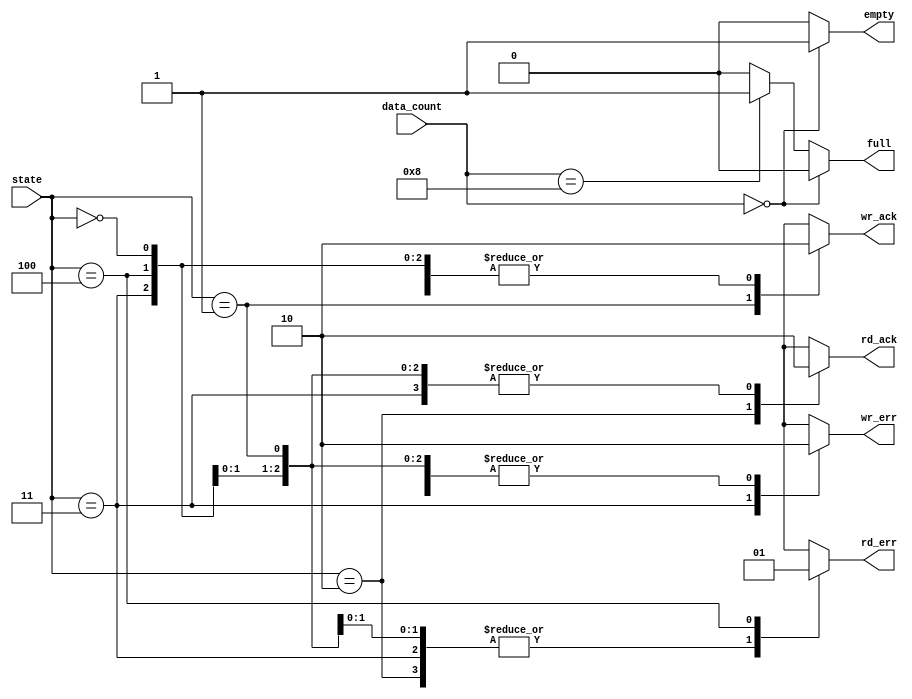
module fifo_out(state, data_count, empty, full, rd_ack, rd_err, wr_ack, wr_err);	//fifo_out
	input [2:0] state;															// 3 bits input
	input [3:0] data_count;														// 4 bits intput
	output reg empty, full, rd_ack, rd_err, wr_ack, wr_err;			// output,reg

	
	parameter IDLE 	 = 3'b000;					// define IDLE     = 000
	parameter WRITE 	 = 3'b001;					// define WRITE    = 001
	parameter READ 	 = 3'b010;					// define READ     = 010
	parameter WR_ERROR = 3'b011;					// define WR_ERROR = 011
	parameter RD_ERROR = 3'b100;					// define RD_ERROR = 100
	
	always @ (data_count)		
	begin
		if(data_count==0)										// no data, empty
			begin
				full<=0; empty<=1;
			end
		else if(data_count==4'b1000)						// when data is 8, full
			begin
				full<=1; empty<=0;
			end
		else
			begin													// otherwise full =0, empty=0
				full<=0; empty<=0;
			end
	end
	
	always @ (state)		
	begin
		case(state)
			
			IDLE : 																	// when IDLE, every value : 0
				begin
					wr_ack<=0; wr_err<=0; rd_ack<=0; rd_err<=0;
				end
				
			WRITE : 																	// when WRITE, only wr_ack =1, the others =0
				begin
					wr_ack<=1; wr_err<=0; rd_ack<=0; rd_err<=0;
				end
			
			READ : 																	// when READ, only rd_ack =1, the others =0
				begin
					wr_ack<=0; wr_err<=0; rd_ack<=1; rd_err<=0;
				end
				
			WR_ERROR : 																// when WR_ERROR, only wr_err =1, the others =0
				begin
					wr_ack<=0; wr_err<=1; rd_ack<=0; rd_err<=0;
				end
				
			RD_ERROR : 																// when RD_ERROR, only rd_err =1, the others =0
				begin
					wr_ack<=0; wr_err<=0; rd_ack<=0; rd_err<=1;
				end
				
			default : 																// when default, unknown
				begin
					wr_ack<=1'bx; wr_err<=1'bx; rd_ack<=1'bx; rd_err<=1'bx;
				end
		endcase
	end
	
endmodule